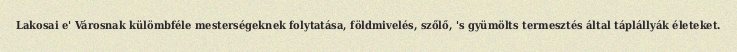
Lakosai e' Városnak külömbféle mesterségeknek folytatása, földmivelés, szőlő, 's gyümölts termesztés által táplállyák életeket.